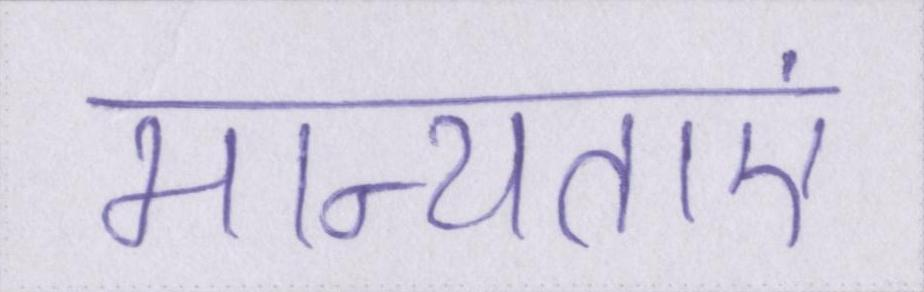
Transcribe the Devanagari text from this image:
मान्यताएं